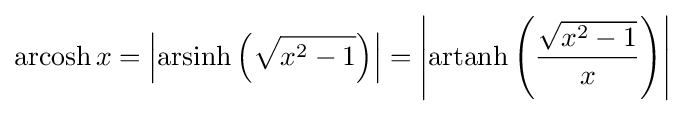
\operatorname {arcosh} x=\left|\operatorname {arsinh} \left({\sqrt {x^{2}-1}}\right)\right|=\left|\operatorname {artanh} \left({\frac {\sqrt {x^{2}-1}}{x}}\right)\right|